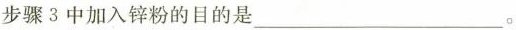
步骤 3 中加入锌粉的目的是___。